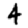
Digit: 4